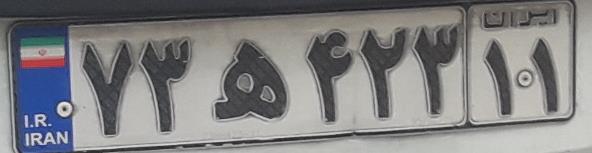
۷۳ه۴۲۳۱۱